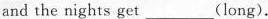
and the nights get___(long).